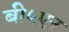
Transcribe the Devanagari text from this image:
बी५एन